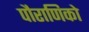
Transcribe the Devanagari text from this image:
पौराणिको